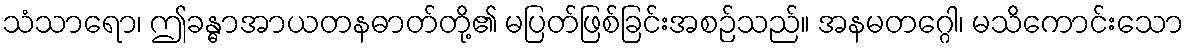
သံသာရော၊ ဤခန္ဓာအာယတနဓာတ်တို့၏ မပြတ်ဖြစ်ခြင်းအစဉ်သည်။ အနမတဂ္ဂေါ၊ မသိကောင်းသော